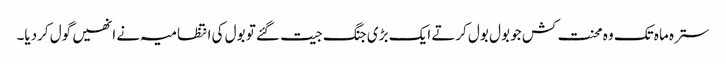
سترہ ماہ تک وہ محنت کش جو بول بول کرتے ایک بڑی جنگ جیت گئے تو بول کی انتظامیہ نے انھیں گول کردیا۔